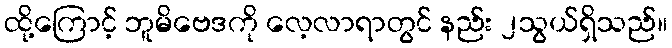
ထို့ကြောင့် ဘူမိဗေဒကို လေ့လာရာတွင် နည်း ၂သွယ်ရှိသည်။